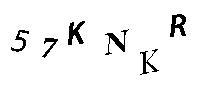
57KNKR